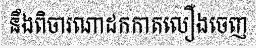
នឹងពិចារណាដកកាតលឿងចេញ